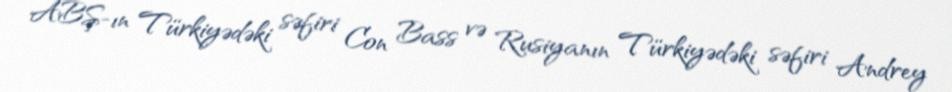
ABŞ-ın Türkiyədəki səfiri Con Bass və Rusiyanın Türkiyədəki səfiri Andrey